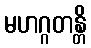
မဟဂ္ဂတန္တိ